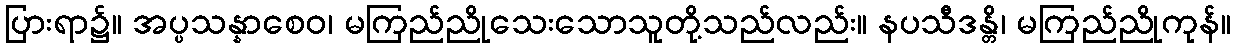
ပြားရာ၌။ အပ္ပသန္နာစေဝ၊ မကြည်ညိုသေးသောသူတို့သည်လည်း။ နပသီဒန္တိ၊ မကြည်ညိုကုန်။